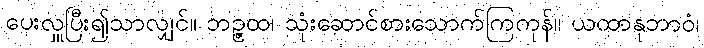
ပေးလှူပြီး၍သာလျှင်။ ဘဉ္ဇထ၊ သုံးဆောင်စားသောက်ကြကုန်။ ယထာနုဘာဝံ၊